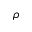
\rho